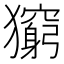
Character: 𤢶